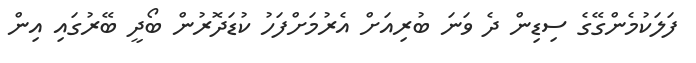
ފަލަކުމެންގޭގެ ސިޑިން ދެ ވަނަ ބުރިއަށް އެރުމަށްފަހު ކުޑަދޮރުން ބޯދީ ބޭރުގައި އިން